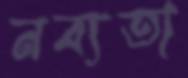
নব্যতা